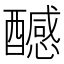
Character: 𨣝